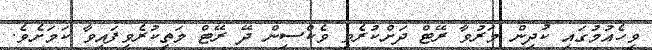
ވިހެއުމުގައި ކުދިން މަރުވާ ރޭޓް ދަށްކުރެވި ވެކްސިން ދޭ ރޭޓް މަތިކުރެވިފައިވާ ކަމަށެވެ.